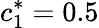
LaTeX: c_{1}^{*}=0.5